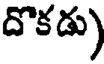
దొకడు)